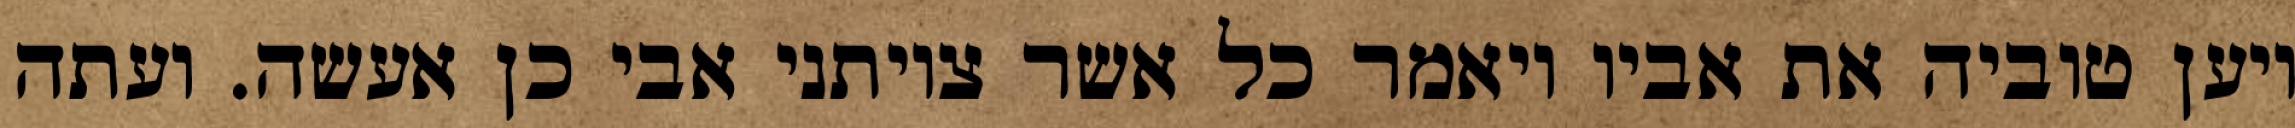
ויען טוביה את אביו ויאמר כל אשר צויתני אבי כן אעשה. ועתה